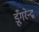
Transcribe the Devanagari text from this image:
डूँगरेन्द्र